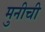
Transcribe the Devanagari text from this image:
मुनीची